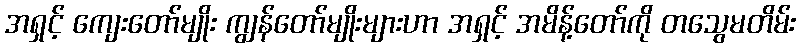
အရှင့် ကျေးတော်မျိုး ကျွန်တော်မျိုးများဟာ အရှင့် အမိန့်တော်ကို တသွေမတိမ်း